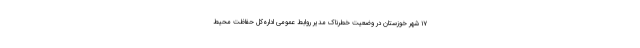
۱۷ شهر خوزستان در وضعیت خطرناک مدیر روابط عمومی اداره‌کل حفاظت محیط